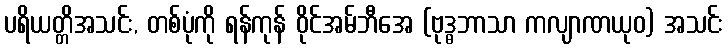
ပရိယတ္တိအသင်း, တစ်ပုံကို ရန်ကုန် ဝိုင်အမ်ဘီအေ (ဗုဒ္ဓဘာသာ ကလျာဏယုဝ) အသင်း